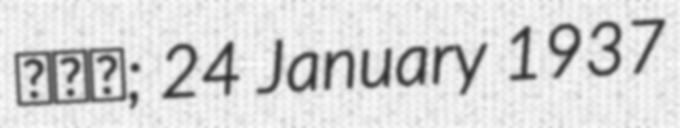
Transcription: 성혜림; 24 January 1937